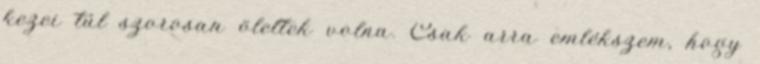
kezei túl szorosan öleltek volna. Csak arra emlékszem, hogy